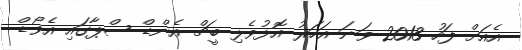
އެއަށް ފަހު 2013 ވަނަ އަހަރު އޮޅުވެލި ބީޗް އެންޑް ސްޕާގައި އެވޯޑް